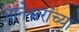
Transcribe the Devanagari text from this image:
ज्ञानेश्वरांंच्या